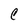
Character: C